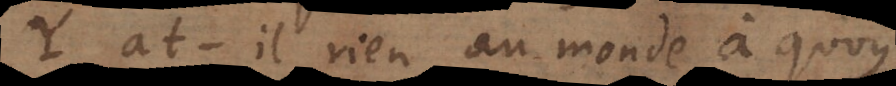
Y a-t-il rien au monde qui ne